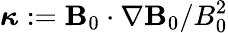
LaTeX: \boldsymbol{\kappa}:=\mathbf{B}_{0}\cdot\nabla{\mathbf{B}}_{0}/B_{0}^{2}